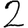
Digit: 2